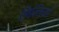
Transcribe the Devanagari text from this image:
झिल्‍लियों